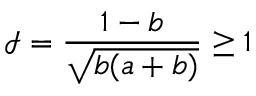
\mathcal { I } = \frac { 1 - b } { \sqrt { b ( a + b ) } } \geq 1